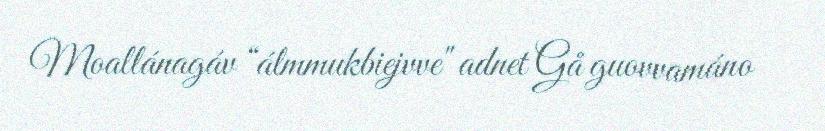
Moallánagáv “álmmukbiejvve" adnet Gå guovvamáno